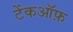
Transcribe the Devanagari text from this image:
टेंकऑफ़